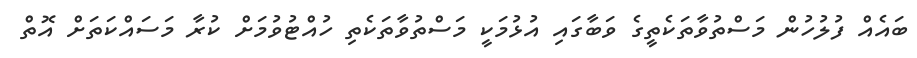
ބައެއް ފުލުހުން މަސްތުވާތަކެތީގެ ވަބާގައި އުޅުމަކީ މަސްތުވާތަކެތި ހުއްޓުވުމަށް ކުރާ މަސައްކަތަށް އޮތް